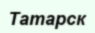
Татарск